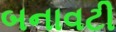
બનાવટી